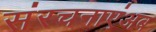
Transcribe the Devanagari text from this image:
संरचनाएंअब